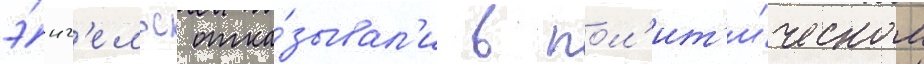
э́нг'ельс отка́зывал'и в пол'ит'и́ческом